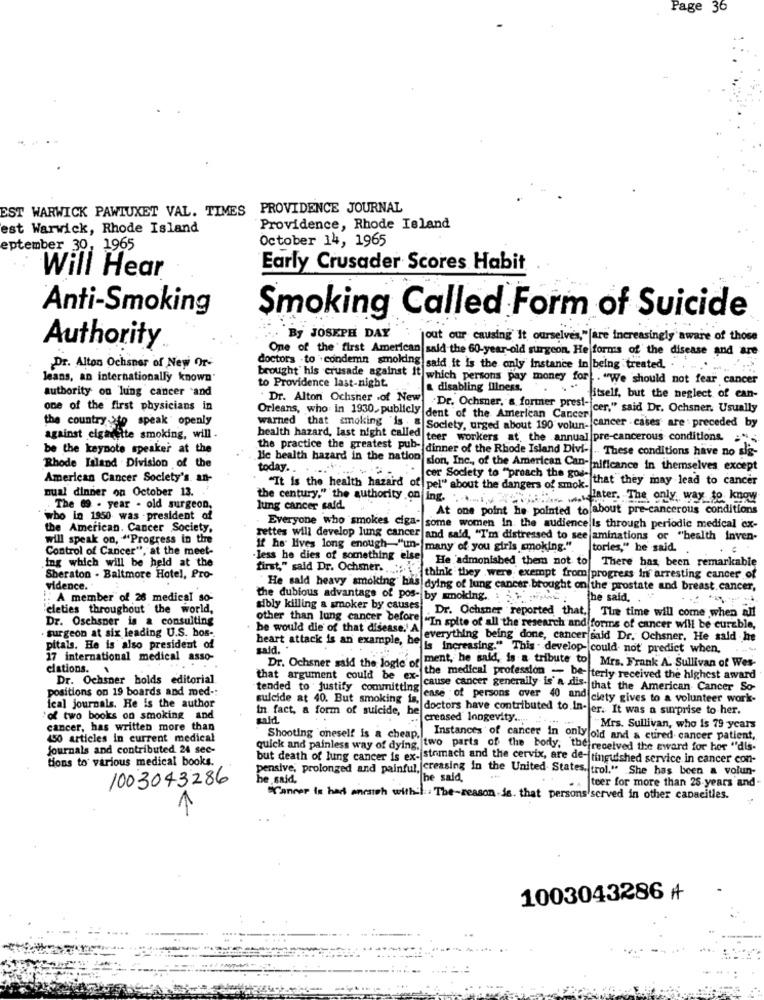
Page
36
EST WARWICK PAWIUXET VAL. TIMES PROVIDENCE JOURNAL
est Warwick, Rhode Island
Providence, Rhode Island
October 14, 1965
eptember 30, 1965
Early Crusader Scores Habit
Will Hear
Anti-Smoking
Smoking Called Form of Suicide
By JOSEPH DAY
out our causing It ourselves,"[are increasingly aware of those
Authority
One of the first American sald the 60-year-old surgeon. He forms of the disease and are
Dr. Alton Ochsner of New Or-
doctors - to condenn smoking said it is the only instance in being treated. . .
Jeans, an internationally known
brought his crusade against It which persons pay money for. "We should not fear cancer
to Providence last-night.
authority on lung cancer and
a disabling illness.
itself, but the neglect of can-
one of the first physicians in
Dr. Alton Ochsner .of New .Dr. Ochsner, a former presi- cer," said Dr. Ochsner. Usually
the country ->to speak' openly
Orleans, who in 1930, publicly dent of the American Cancer
warned that smoking is . & Society, urged about 190 volun- cancer - cases are : preceded by
against cigarette smoking, will .
health hazard, last night called teer workers at the annual pre-cancerous conditions ="
be the keynote speaker at the
the practice the greatest pub- dinner of the Rhode Island Divi- .. These conditions have no sig-
Rhode Island . Division of the
He health hazard in the nation sion, Inc ., of the American Can-Inificance in themselves except
today ..
..
American Cancer Society's. an-
cor Society to "preach the god-
nual dinner on October 13.
"It is the health hazard of pel" about the dangers of smok. that they may lead to cancer
the century," the authority on ing. it later. The only way to know
The 69 - year - old surgeon,
lung cancer said.
At one point he pointed to about pre-cancerous conditions
who in 1950 was - president of
the American. Cancer Society,
Everyone who smokes ciga- some women in the audience Is through periodic medical ex-
will speak on, "Progress in the
rettes will develop lung cancer and said, "I'm distressed to see aminations or "health inven-
Control of Cancer", at the meet-
If he lives long enough-"un-
many of you girls smoking." tories," he said. .
. :
ing which will be held at the
less he dies of something else
first," said Dr. Ochsner .......
He admonished them not to There has been remarkable
Sheraton . Baltmore Hotel, Pro-
think they were exempt from progress In arresting cancer of
vidence.
" He said heavy smoking' has dying of lung cancer brought on the prostate and breast cancer,
A member of 26 medical so-
the dubious advantage of pos- by smoking. : 1 4
The said. .
"eleties throughout the world,
Dr. Oschsper is & consulting
other than lung cancer before
sibly killing a smoker by causes Dr. Ochsner reported that. The time will come when all
be would die of that disease.' A
"In spite of all the research and forms of cancer will be curable,
turgeon at six leading U.S. bos-
heart attack is an example, bel
everything being done, cancer said Dr. Ochsner, He said he
pitals. He is also president of
said. .
"is Increasing." This . develop- could not' predict when,
17 international medical asso-
elations. 1
Dr. Ochsner said the logie of ment, he said, is a tribute to Mrs. Frank A. Sullivan of Wes-
Dr. Ochsner holds editorial
that argument could be ex-
the medical profession - be- terly received the highest award
positions on 19 boards and med -:
cause cancer generally is a dis- that the American Cancer So-
suicide at 40. But smoking is,
tended to justify committing case of persons over 40 and ciety gives to a volunteer work-
ical journals. He is the author
In fact, a form of suicide, he
doctors have contributed to In- er. It was a surprise to her.
'of two books on smoking and
creased longevity ..... . ....
cancer, has written more than
Mrs. Sullivan, who Is 79 years
450 articles in current medical
Shooting oneself is a cheap.
Instances of cancer in only old and & cured cancer patient,
journals and contributed 24 sec-
quick and painless way of dying, two parts of the body, the received the award for her "dis-
tions to various medical books.
but death of lung cancer is ex- stomach and the cervix, are de-ftinguished service in cancer con-
pensive, prolonged and painful, creasing in the United States, trol." She has been a volun-
1003043286
he said,
"he said,
..
teer for more than 25 years and
"Cancer is har ersich withil :: The-reason-Ss. that persons served in other capacitles.
€
1003043286 +